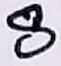
Text: 8